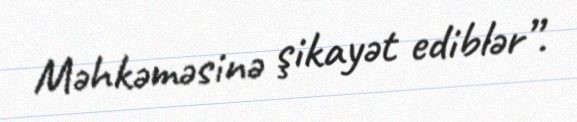
Məhkəməsinə şikayət ediblər”.